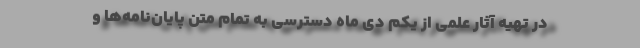
در تهیه آثار علمی از یکم دی ماه دسترسی به تمام متن پایان‌نامه‌ها و